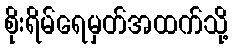
စိုးရိမ်ရေမှတ်အထက်သို့